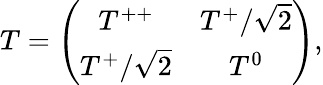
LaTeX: T=\left(\begin{array}{ccc}{{T^{++}}}&{{T^{+}/\sqrt{2}}}\\ {{T^{+}/\sqrt{2}}}&{{T^{0}}}\end{array}\right),